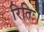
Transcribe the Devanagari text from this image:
रितिः।